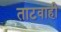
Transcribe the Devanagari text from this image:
ताटवाही